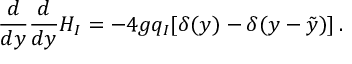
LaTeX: { \frac { d } { d y } } { \frac { d } { d y } } H _ { I } = - 4 g q _ { I } [ \delta ( y ) - \delta ( y - \tilde { y } ) ] \, .